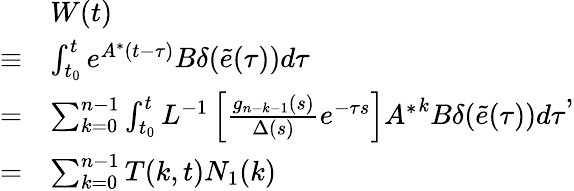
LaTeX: \begin{array}{rl}&{W(t)}\\ {\equiv}&{\int_{{t_{0}}}^{t}{{e^{{A^{*}}(t-\tau)}}{B}\delta(\tilde{e}(\tau))}d\tau}\\ {=}&{\sum_{k=0}^{n-1}{\int_{{t_{0}}}^{t}{{L^{-1}}\left[{\frac{{{g_{n-k-1}}(s)}}{{\Delta(s)}}}e^{-\tau s}\right]{A^{*}}^{k}{B}\delta(\tilde{e}(\tau))}d\tau}}\\ {=}&{\sum_{k=0}^{n-1}{T(k,t){N_{1}}(k)}}\end{array},